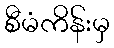
စီမံကိန်းမှ